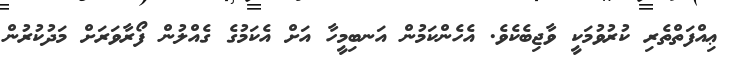
ޢިއްފަތްތެރި ކުރުވުމަކީ ވާޖިބެކެވެ. އެހެންކަމުން އަނބިމީހާ އަށް އެކަމުގެ ގެއްލުން ފޯރާވަރަށް މަދުކުރުން